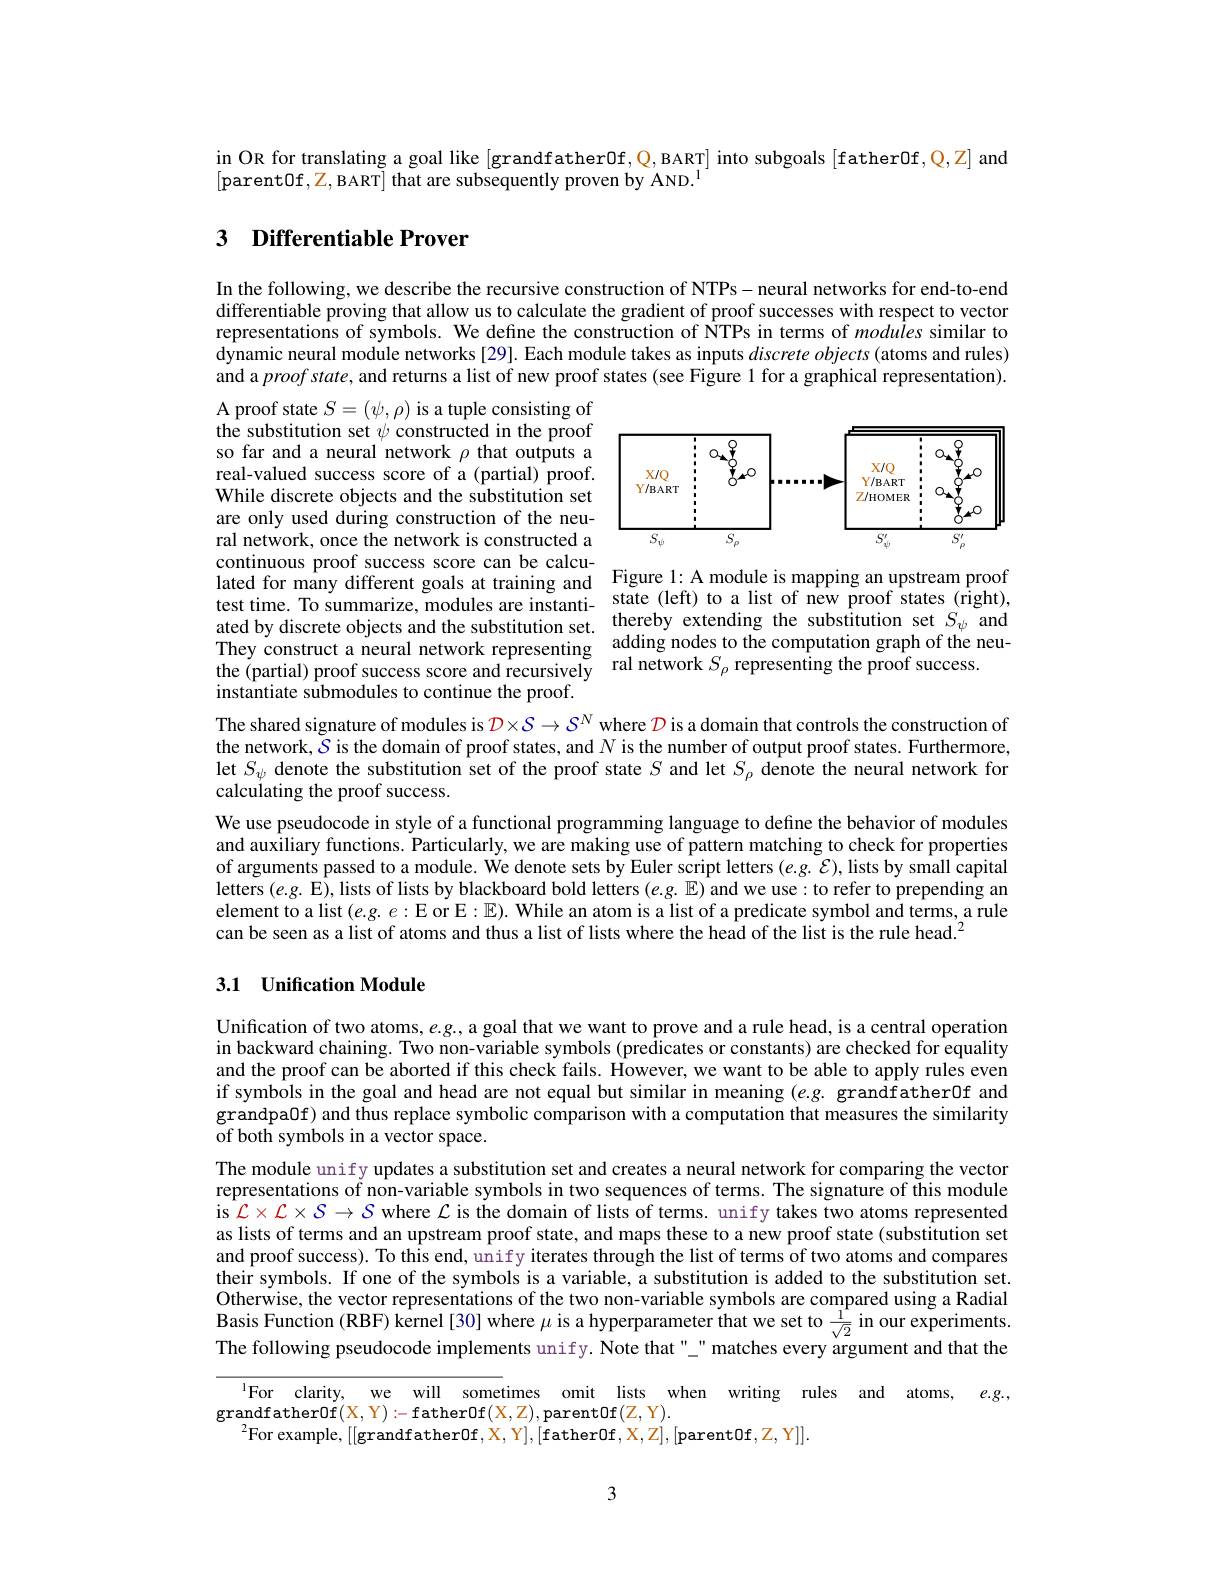
in OR for translating a goal like [grandfather0f, Q, BART] into subgoals [father0f$,\mathbb{Q},\mathbb{Z}]$ and
[parent0f$,\mathbb{Z}$,BART] that are subsequently proven by AND.$^1$

## 3 Differentiable Prover

In the following, we describe the recursive construction of NTPs- neural networks for end-to-end differentiable proving that allow us to calculate the gradient of proof successes with respect to vector representations of symbols. We define the construction of NTPs in terms of modules similar to dynamic neural module networks [29]. Each module takes as inputs $discrete\textit{objects( atoms and rules) }$ and a $proofstate$, and returns a list of new proof states (see Figure 1 for a graphical representation).

<FigureHere>

A proof state $S=(\psi,\rho)$ is a tuple consisting of the substitution set $\psi$ constructed in the proof so far and a neural network $\rho$ that outputs a real-valued success score of a (partial) proof. While discrete objects and the substitution set are only used during construction of the neural network, once the network is constructed a continuous proof success score can be calculated for many different goals at training and Figure 1: A module is mapping an upstream proof test time. To summarize, modules are instanti- state (left) to a list of new proof states (right), ated by discrete objects and the substitution set. thereby extending the substitution set $S_\psi$ and They construct a neural network representing adding nodes to the computation graph of the neuthe (partial) proof success score and recursively ral network $S_\rho$ representing the proof success.
instantiate submodules to continue the proof.

The shared signature of modules is $\mathcal{D}\times\mathcal{S}\to\mathcal{S}^N$ where $\mathcal{D}$ is a domain that controls the construction of the network, $S$ is the domain of proof states, and $N$ is the number of output proof states. Furthermore, let $S_\psi$ denote the substitution set of the proof state $S$ and let $S_\rho$ denote the neural network for calculating the proof success.

We use pseudocode in style of a functional programming language to define the behavior of modules and auxiliary functions. Particularly, we are making use of pattern matching to check for properties of arguments passed to a module. We denote sets by Euler script letters $(e.g.\mathcal{E})$, lists by small capital $\tilde{\text{letters(e.g. E), lists of lists by blackboard bold letters(e.g. E) and we use: to refer to prepending an}}$ element to a list $(e.g.e:\mathbb{E}$ or E$:\mathbb{E}).$ While an atom is a list of a predicate symbol and terms, a rule can be seen as a list of atoms and thus a list of lists where the head of the list is the rule head.$^2$

## 3.1 Unification Module

Unification of two atoms, e.g., a goal that we want to prove and a rule head, is a central operation in backward chaining. Two non-variable symbols (predicates or constants) are checked for equality and the proof can be aborted if this check fails. However, we want to be able to apply rules even if symbols in the goal and head are not equal but similar in meaning $(e.g.$ grandfather0f and grandpaOf) and thus replace symbolic comparison with a computation that measures the similarity of both symbols in a vector space.
The module unify updates a substitution set and creates a neural network for comparing the vector representations of non-variable symbols in two sequences of terms. The signature of this module is $\mathcal{L}\times\mathcal{L}\times\mathcal{S}\to\mathcal{S}$ where $\mathcal{L}$ is the domain of lists of terms. unify takes two atoms represented as lists of terms and an upstream proof state, and maps these to a new proof state (substitution set and proof success). To this end, unify iterates through the list of terms of two atoms and compares their symbols. If one of the symbols is a variable, a substitution is added to the substitution set. Otherwise, the vector representations of the two non-variable symbols are compared using a Radial Basis Function ( RBF) kernel[ 30] where $\mu$ is a hyperparameter that we set to $\frac 1{\sqrt {2}}$ in our experiments. Tre furetion ( RBF) kernel[ 30] where $\mu$ is a hyperparameter that we set to $\frac 1{\sqrt {2}}$ in our experiments. The following pseudocode implements unify. Note that" " matches every argument and that the

$^{1}$For clarity, we will sometimes omit lists when writing rules and atoms, $e.g.$,
$\underset{{\mathrm{grandfather0f(X,Y):-father0f(X,Z),parent0f(Z,Y).}}}$
$^{2}$For example, [[grandfather0f$,\mathcal{X}$, Y],[father0f$,\mathcal{X},\mathbb{Z}],[$parent0f$,\mathbb{Z}$,Y]].

3